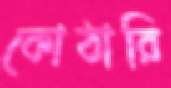
কোঠারি